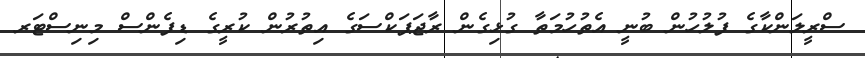
ސްރީލަންކާގެ ފުލުހުން ބުނީ އެތުހުމަތާ ގުޅިގެން ރާޖަޕަކްސަގެ އިތުރުން ކުރީގެ ޑިފެންސް މިނިސްޓަރ